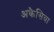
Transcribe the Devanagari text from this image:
अकैसिया